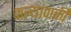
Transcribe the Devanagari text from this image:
कल्याणकी